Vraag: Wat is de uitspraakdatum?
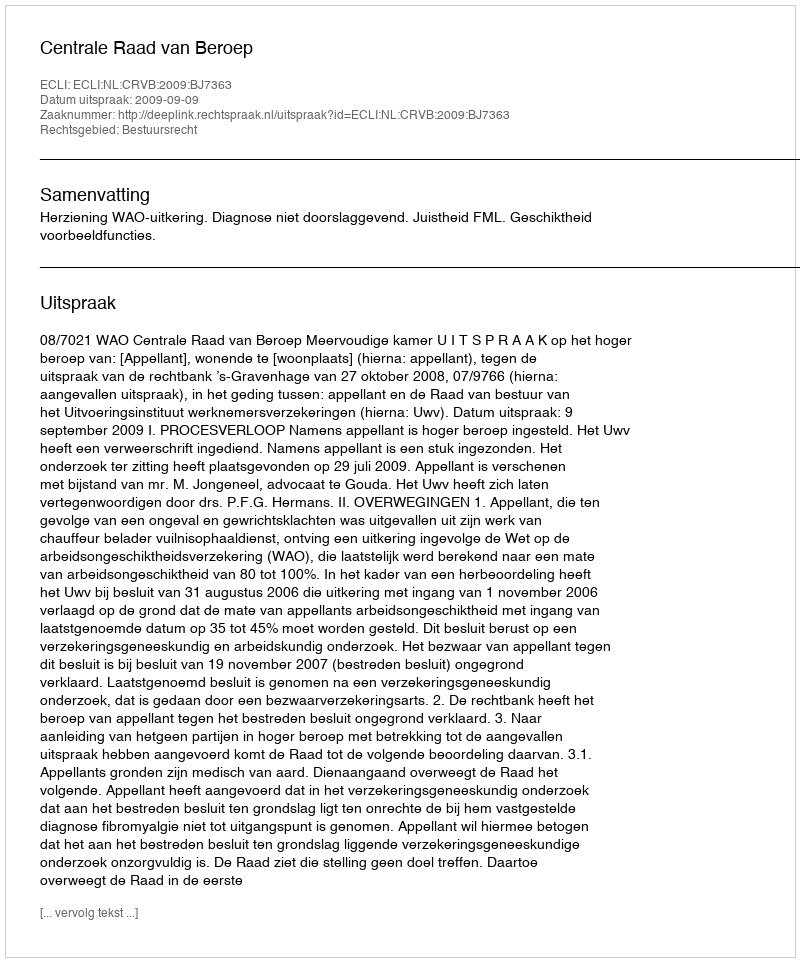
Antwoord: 2009-09-09